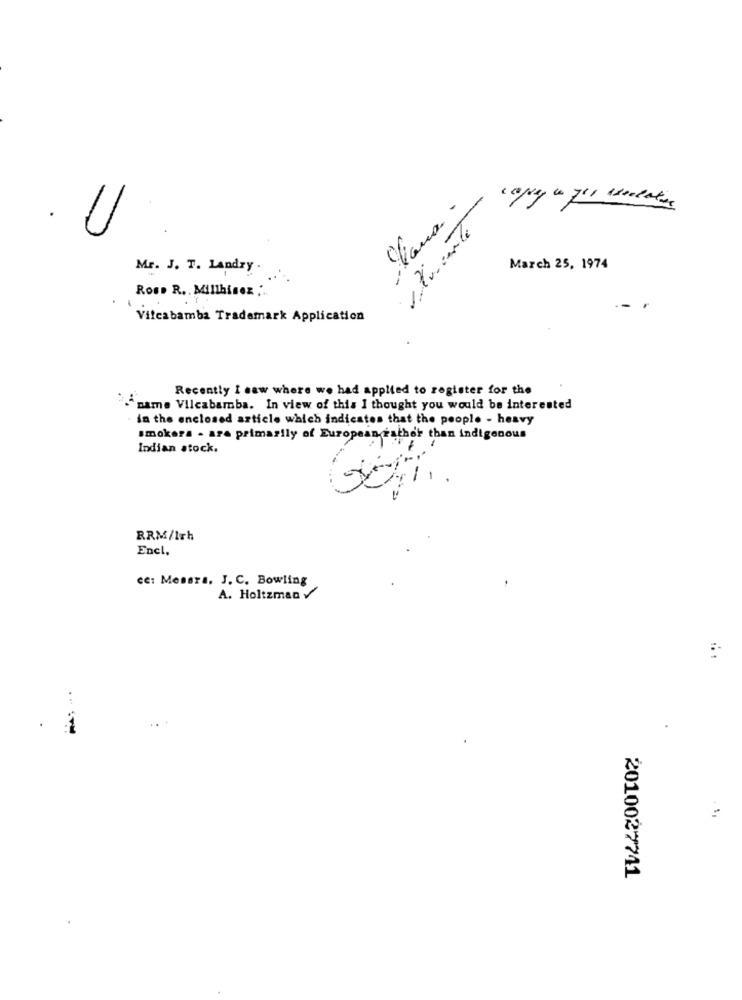
17vente
Mr. J. T. Landry
March 25, 1974
Rose R ., Millhisex :' ..
Viteabamba Trademark Application
Recently I saw where we had applied to register for the
"name Vilcabamba. In view of this I thought you would be interested
in the enclosed article which indicates that the people - heavy
smokers . are primarily of European rather than indigenous
Indian stock.
-
RRM/Irh
Enel.
ce: Messrs. J. C. Bowling
A. Holtzman V
2010027741